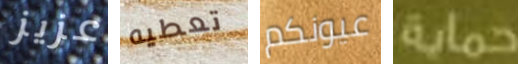
عزيز تعطيه عيونكم حماية